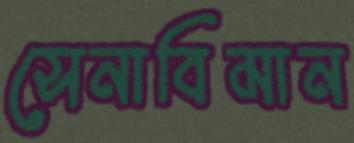
সেনাবিমান